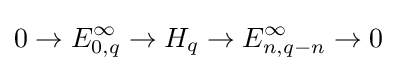
0\to E_{0,q}^{\infty }\to H_{q}\to E_{n,q-n}^{\infty }\to 0